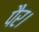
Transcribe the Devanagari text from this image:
पैर।